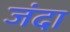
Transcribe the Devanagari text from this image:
जंदा